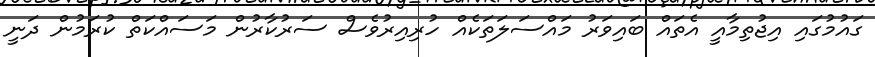
ގައުމުގައި އިޖުތިމާއީ އެތައް ބައިވަރު މައްސަލަތަކެއް ހުރިއިރުވެސް ސަރުކާރުން މަސައްކަތް ކުރަމުން ދަނީ